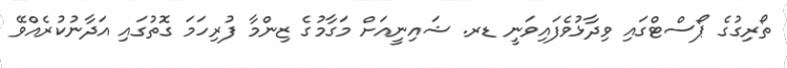
ތޯރިގުގެ ޕޯސްޓްގައި ވިދާޅުވެފައިވަނީ ޑރ. ޝައިނީއަށް މަގާމުގެ ޒިންމާ ފުރިހަމަ ގޮތުގައި އަދާނުކުރެއްވޭ